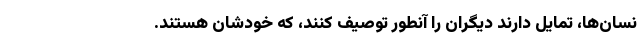
نسان‌ها، تمایل دارند دیگران را آنطور توصیف کنند، که خودشان هستند.